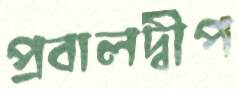
প্রবালদ্বীপ